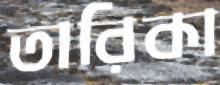
তারিকা